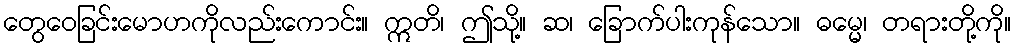
တွေဝေခြင်းမောဟကိုလည်းကောင်း။ ဣတိ၊ ဤသို့။ ဆ၊ ခြောက်ပါးကုန်သော။ ဓမ္မေ၊ တရားတို့ကို။